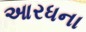
આરધના